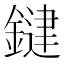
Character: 𮢱